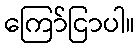
ကြော်ငြာပါ။